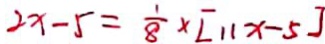
2 x - 5 = \frac { 1 } { 8 } \times [ 1 1 x - 5 ]